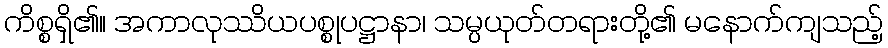
ကိစ္စရှိ၏။ အကာလုဿိယပစ္စုပဋ္ဌာနာ၊ သမ္ပယုတ်တရားတို့၏ မနောက်ကျသည့်